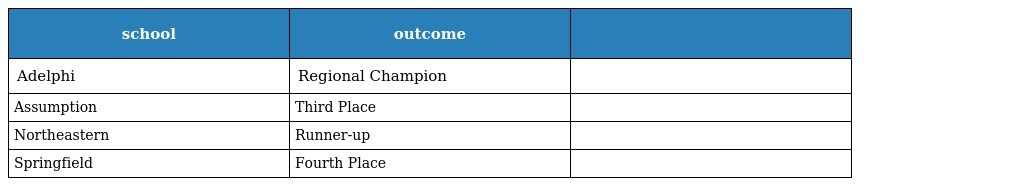
| school | outcome |  |
 | --- | --- | --- |
 | Adelphi | Regional Champion |  |
 | Assumption | Third Place |  |
 | Northeastern | Runner-up |  |
 | Springfield | Fourth Place |  |